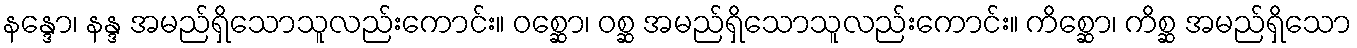
နန္ဒော၊ နန္ဒ အမည်ရှိသောသူလည်းကောင်း။ ဝစ္ဆော၊ ဝစ္ဆ အမည်ရှိသောသူလည်းကောင်း။ ကိစ္ဆော၊ ကိစ္ဆ အမည်ရှိသော